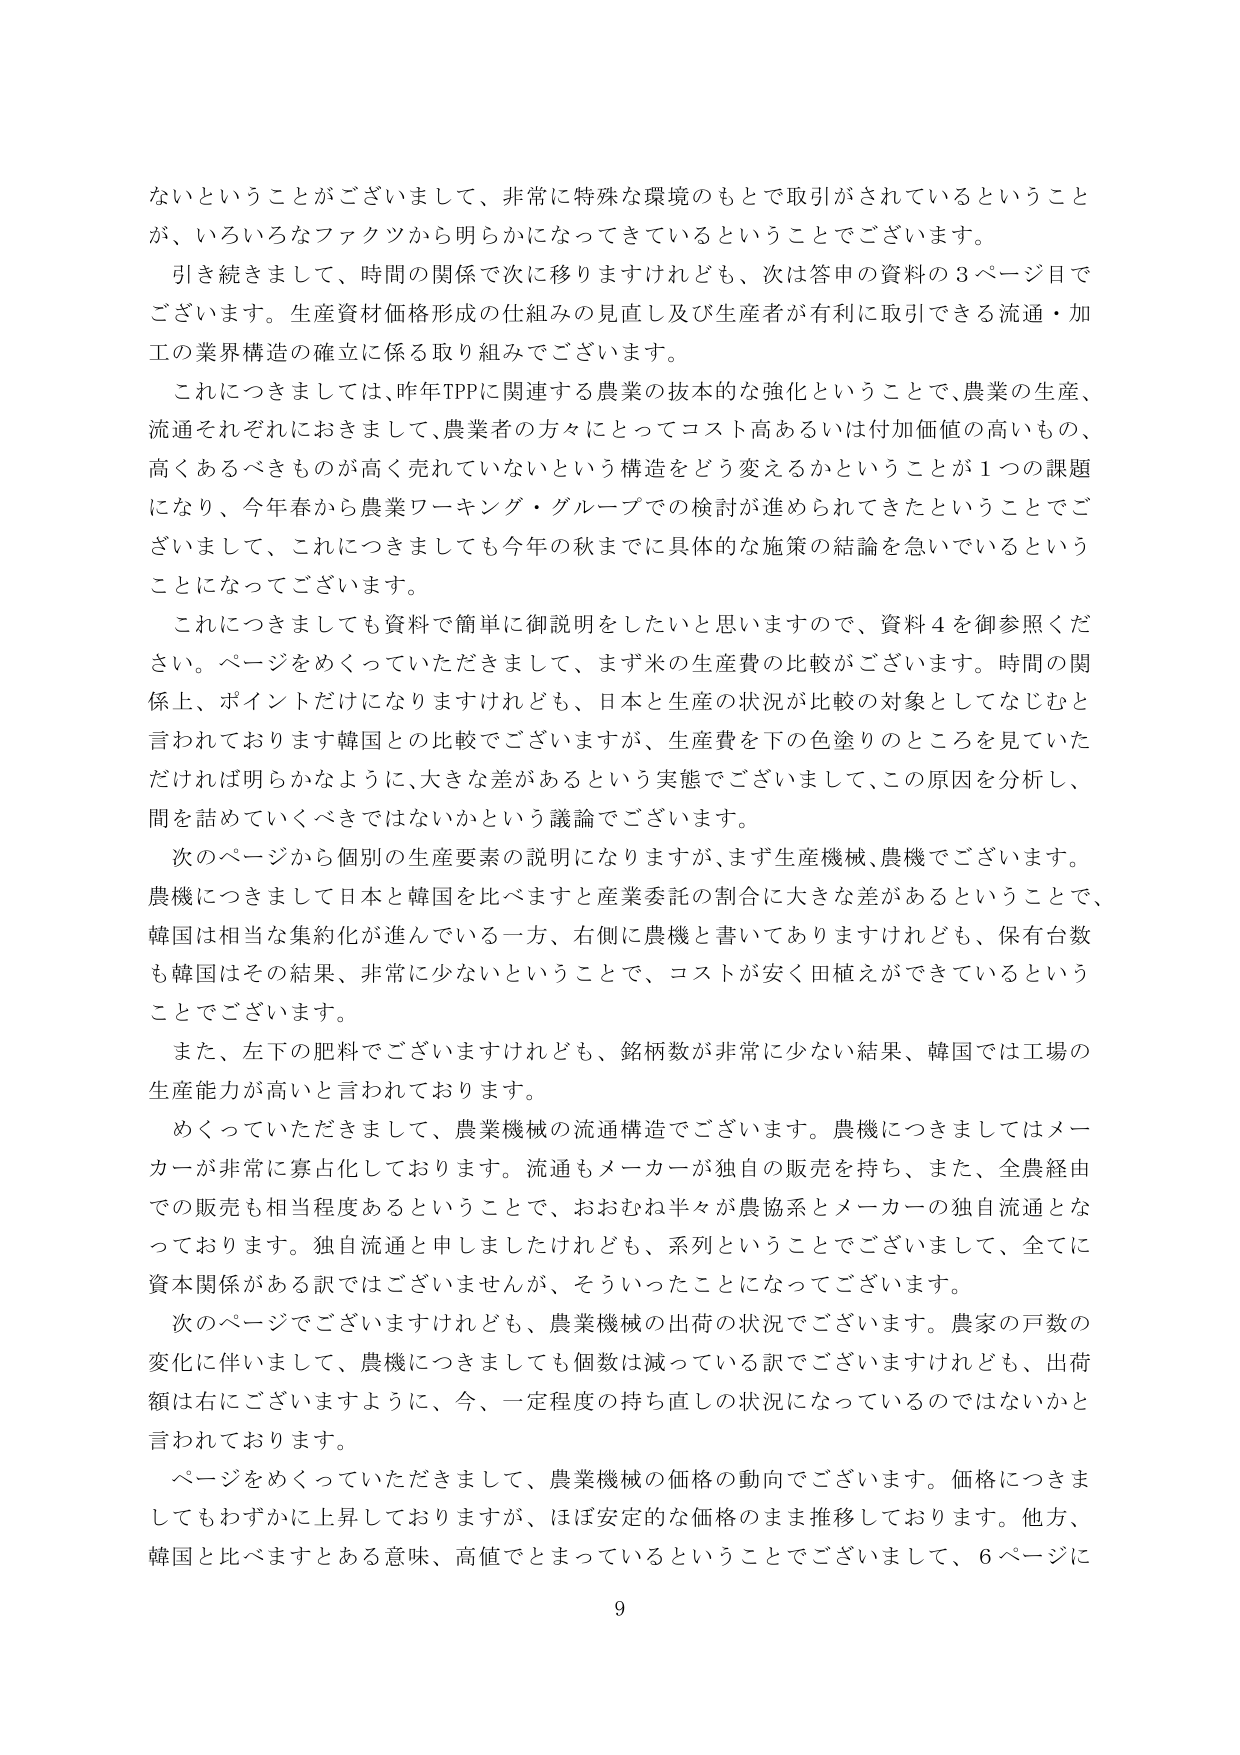
ないということがございまして、非常に特殊な環境のもとで取引がされているということ
が、いろいろなファクツから明らかになってきているということでございます。
引き続きまして、時間の関係で次に移りますけれども、次は答申の資料の３ページ目で
ございます。生産資材価格形成の仕組みの見直し及び生産者が有利に取引できる流通・加
工の業界構造の確立に係る取り組みでございます。
これにつきましては、昨年TPPに関連する農業の抜本的な強化ということで、農業の生産、
流通それぞれにおきまして、農業者の方々にとってコスト高あるいは付加価値の高いもの、
高くあるべきものが高く売れていないという構造をどう変えるかということが１つの課題
になり、今年春から農業ワーキング・グループでの検討が進められてきたということでご
ざいまして、これにつきましても今年の秋までに具体的な施策の結論を急いでいるという
ことになってございます。
これにつきましても資料で簡単に御説明をしたいと思いますので、資料４を御参照くだ
さい。ページをめくっていただきまして、まず米の生産費の比較がございます。時間の関
係上、ポイントだけになりますけれども、日本と生産の状況が比較の対象としてなじむと
言われております韓国との比較でございますが、生産費を下の色塗りのところを見ていた
だければ明らかなように、大きな差があるという実態でございまして、この原因を分析し、
問を詰めていくべきではないかという議論でございます。
次のページから個別の生産要素の説明になりますが、まず生産機械、農機でございます。
農機につきまして日本と韓国を比べますと産業委託の割合に大きな差があるということで、
韓国は相当な集約化が進んでいる一方、右側に農機と書いてありますけれども、保有台数
も韓国はその結果、非常に少ないということで、コストが安く田植えができているという
ことでございます。
また、左下の肥料でございますけれども、銘柄数が非常に少ない結果、韓国では工場の
生産能力が高いと言われております。
めくっていただきまして、農業機械の流通構造でございます。農機につきましてはメー
カーが非常に寡占化しております。流通もメーカーが独自の販売を持ち、また、全農経由
での販売も相当程度あるということで、おおむね半々が農協系とメーカーの独自流通とな
っております。独自流通と申しましたけれども、系列ということでございまして、全てに
資本関係がある訳ではございませんが、そういったことになってございます。
次のページでございますけれども、農業機械の出荷の状況でございます。農家の戸数の
変化に伴いまして、農機につきましても個数は減っている訳でございますけれども、出荷
額は右にございますように、今、一定程度の持ち直しの状況になっているのではないかと
言われております。
ページをめくっていただきまして、農業機械の価格の動向でございます。価格につきま
してもわずかに上昇しておりますが、ほぼ安定的な価格のまま推移しております。他方、
韓国と比べますとある意味、高値でとまっているということでございまして、６ページに
9